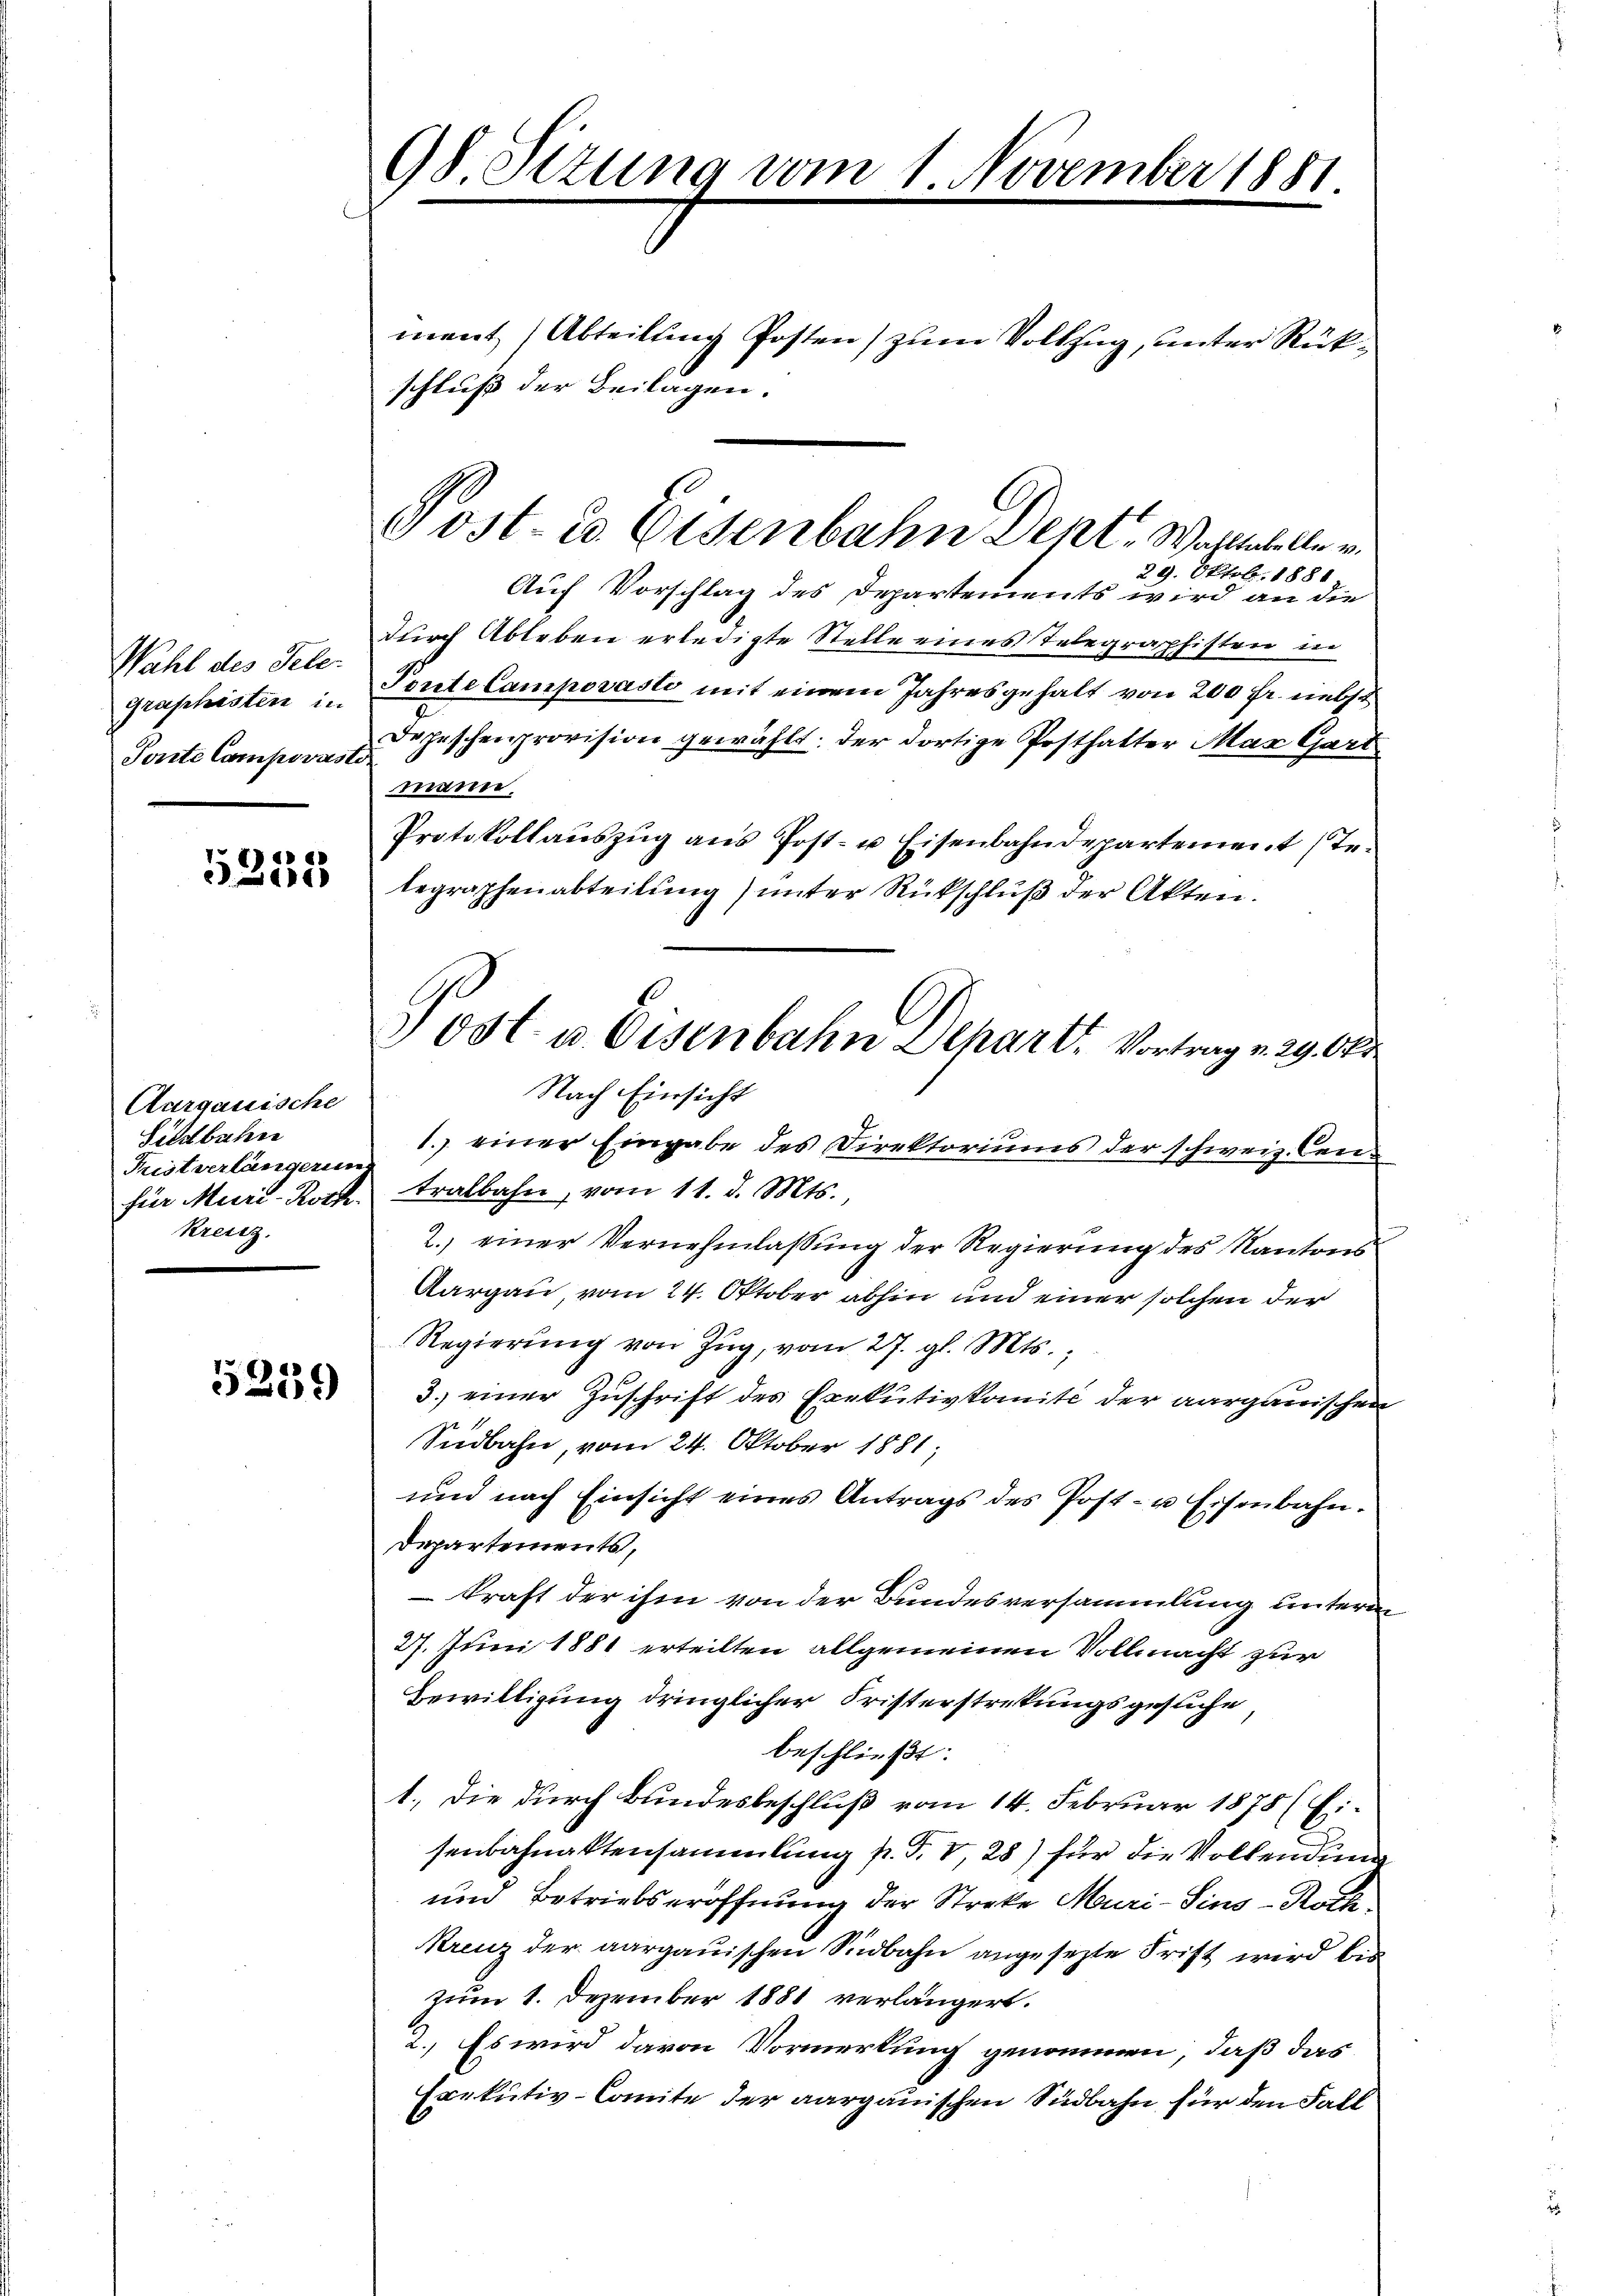
Wahl des Teler
graphisten in
Tonte Campovase

461
3200

Aargauische
Sildbahn
Fristverlängerun
für Muri-Roth
Kreisz

5259

98 Sizung vom 1. November 1881.
.

ment (Abteilung Posten) zum Vollzug, unter Rückschluß der Beilagen.
29. Oktobr. 1881
Auf Vorschlag des Departements wird an die
durch Ableben erledigte Stelle eines Telegraphisten in
Toute Campovasto mit einem Jahresgehalt von 200 Fr. nebst
Depeschenprovision gewählt: der dortige Posthatter Mar Gart
mane
Protokollauszug ans Post- u Eisenbahndepartement (Tebegraphenabteilung) unter Rückschluß der Akten.
1.) einer Eingabe des Direktoriums der schweiz. Centralbahn, vom 11. d. Mts.
2.) einer Vernehmlassung der Regierung des Kantons¬
Aargau, vom 24. Oktober abhin und einer solchen der
Regierŭng von Zŭg, vom 27. gl. Mts.,
3.) einer Zuschrift des Exekutivkomite der aargauischen
Südbahn, vom 24. Oktober 1881;
und nach Einsicht eines Antrags des Post- u Eisenbahn.
Departements,
 Kraft der ihm von der Bundesversammlung unterm
27. Juni 1881 erteilten allgemeinen Vollmacht zur
Bewilligung dringlicher Fristerstretungsgesuche,
beschließt:
1.) Die durch Bundesbeschluß vom 14. Februar 1878 (Eisenbahnaktensammlung p. T. V, 28) für die Vollendung
und Betriebseröffnung der Streke Muri-Sins - Roth
Krenz der aargauischen Südbahn angesetzte Frist wird bis
zum 1. Dezember 1881 verlängert.
2. Es wird davon Vormerkung genommen, daß das
Exekutiv-Comite der aargauischen Südbahn für den Fall

e ost- u. Eisenbahn Dekt. Wahlabelle v.

Post u. Eisenbahn Departe Vortrag v. 29. Ok
Nach Einsicht